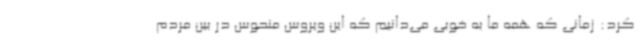
کرد: زمانی که همه ما به خوبی می‌دانیم که این ویروس منحوس در بین مردم